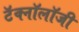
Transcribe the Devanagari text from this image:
टॅक्नॉलॉजी